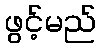
ဖွင့်မည်